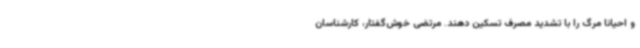
و احیانا مرگ را با تشدید مصرف تسکین دهند. مرتضی خوش‌گفتار، کارشناسان